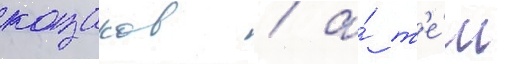
казаков / а́ т'е́м